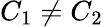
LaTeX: C_{1}\neq C_{2}